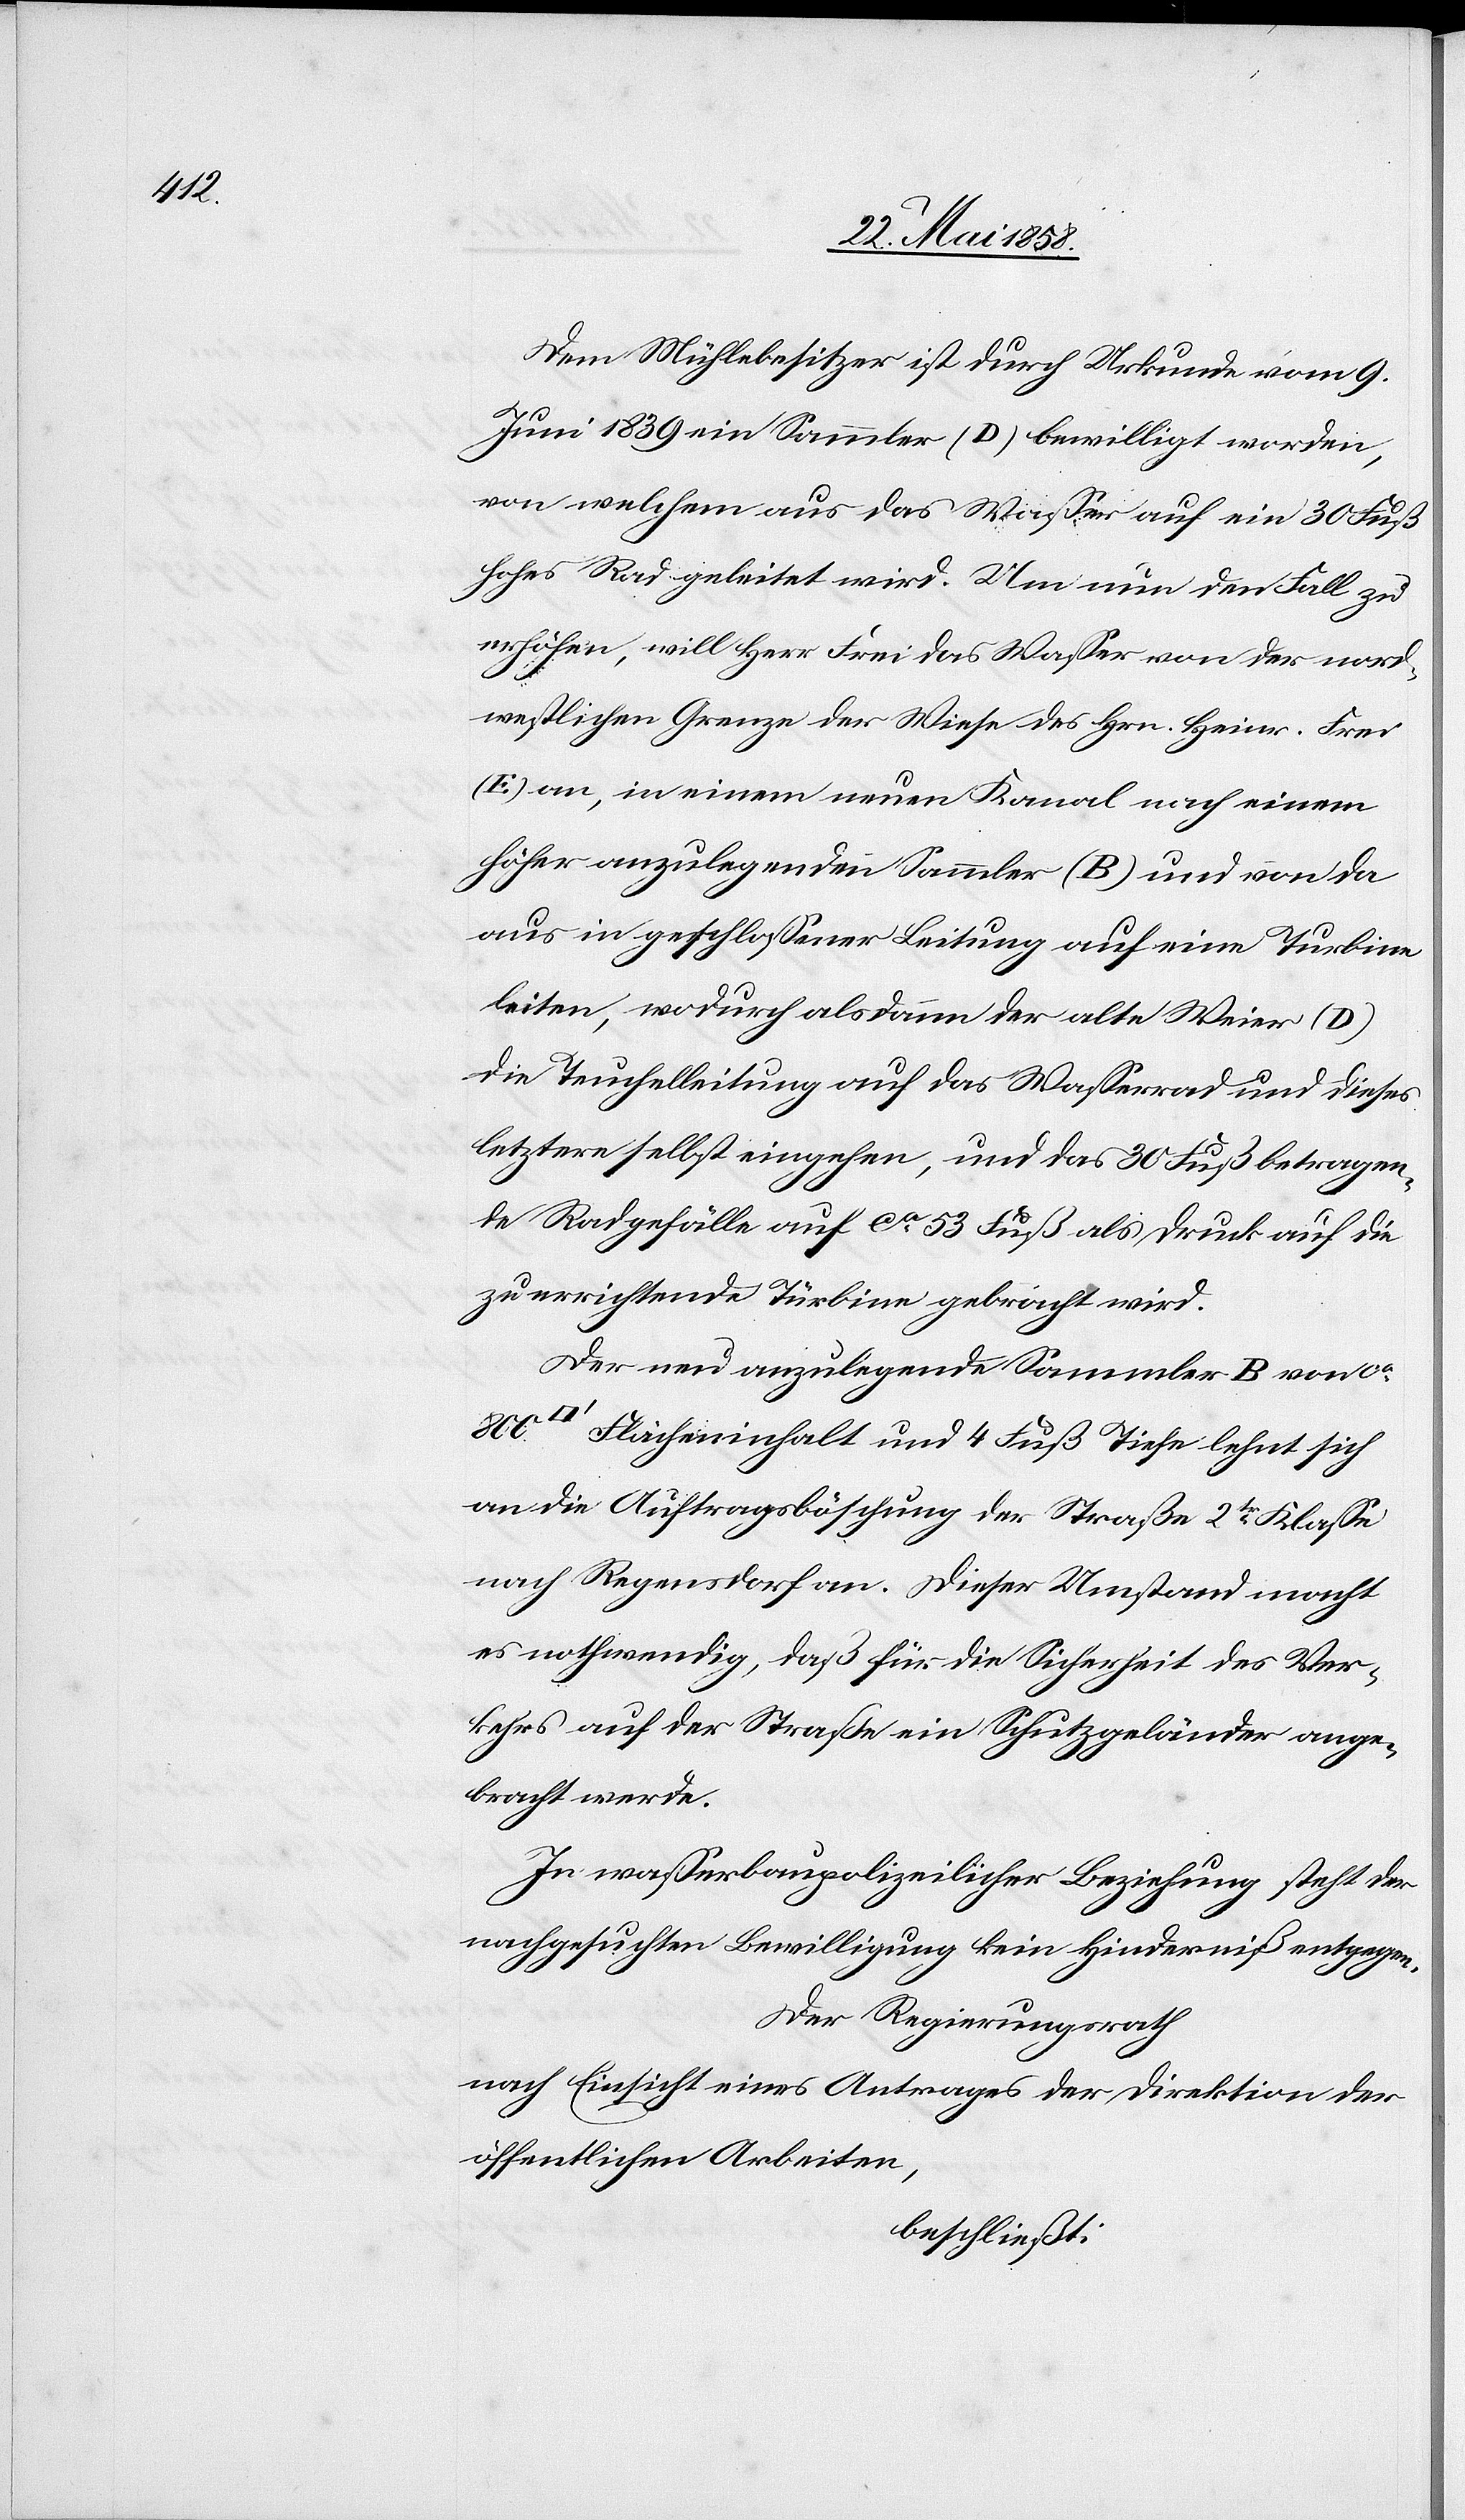
Dem Mühlebesitzer ist durch Urkunde vom 9.
Juni 1839 ein Sammler (D) bewilligt worden,
von welchem aus das Wasser auf ein 30 Fuß
hohes Rad geleitet wird. Um nun den Fall zu
erhöhen, will Herr Frei das Wasser von der nord¬
westlichen Grenze der Wiese des Hrn. Heinr. Frei
(E) an, in einem neuen Kanal nach einem
höher anzulegenden Sammler (B) und von da
aus in geschlossener Leitung auf eine Turbine
leiten, wodurch alsdann der alte Weier (D)
die Teuchelleitung auf das Wasserrad und dieses
letztere selbst eingehen, und das 30 Fuß betragen¬
de Radgefälle auf ca 53 Fuß als Druck auf die
zu errichtende Türbine gebracht wird.
Der neu anzulegende Sammler B von ca
Flächeninhalt und 4 Fuß Tiefe lehnt sich
an die Auftragsböschung der Straße 2ter Klasse
nach Regensdorf an. Dieser Umstand macht
es nothwendig, daß für die Sicherheit des Ver¬
kehrs auf der Straße ein Schutzgeländer ange¬
bracht werde.
In wasserbaupolizeilicher Beziehung steht der
nachgesuchten Bewilligung kein Hinderniß entgegen.
Der Regierungsrath
nach Einsicht eines Antrages der Direktion der
öffentlichen Arbeiten,
beschließt: